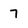
Character: 7